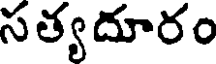
సత్యదూరం